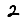
Digit: 2